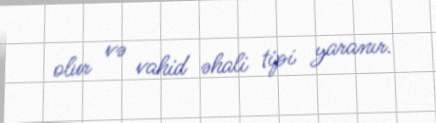
olur və vahid əhali tipi yaranır.